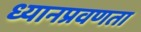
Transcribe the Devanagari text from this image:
ध्यानप्रवणता